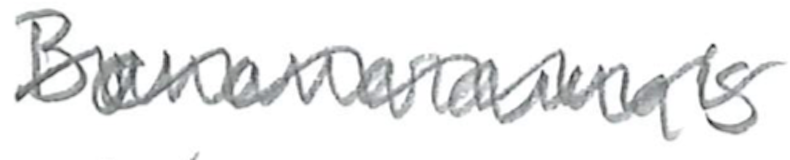
Text: Bananarama's
Cross-out: wave
Writing tool: pencil